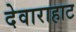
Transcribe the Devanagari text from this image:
देवाराहाट